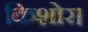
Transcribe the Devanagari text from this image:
किशोर।